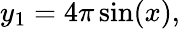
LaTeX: y_{1}=4\pi\sin(x),